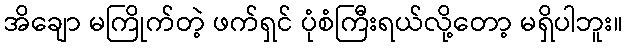
အိချော မကြိုက်တဲ့ ဖက်ရှင် ပုံစံကြီးရယ်လို့တော့ မရှိပါဘူး။